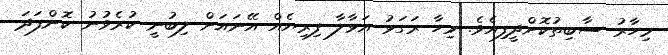
މިހާރު ސާބިތުކޮށްދީފިއެވެ. މިހާ ރަގަޅު އަޅާލާ ފިރިޔެއް އޭނައަށް ލިބުނީ ކުރެވުނު ކޮންފަދަ